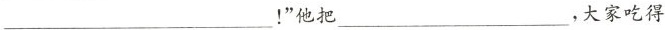
___！”他把___，大家吃得。